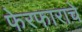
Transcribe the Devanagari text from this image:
फेरफाराचे